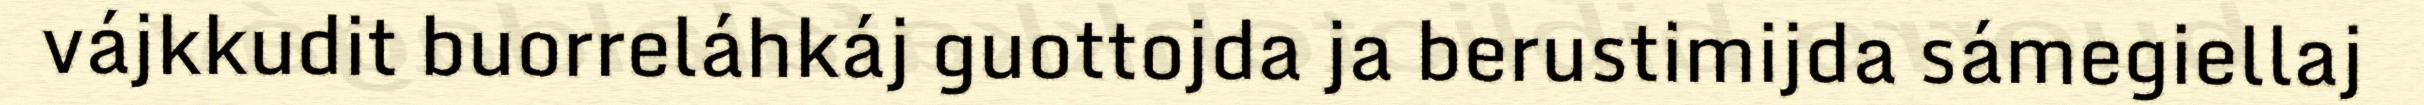
vájkkudit buorreláhkáj guottojda ja berustimijda sámegiellaj